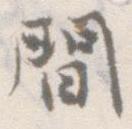
間